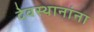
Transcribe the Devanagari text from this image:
देवस्थानांना